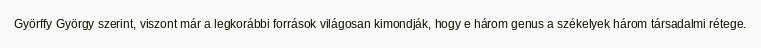
Györffy György szerint, viszont már a legkorábbi források világosan kimondják, hogy e három genus a székelyek három társadalmi rétege.